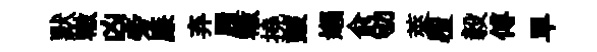
默轍凶旁廉弃履轍撓皷嬾兪劬萊覆毅傅旱